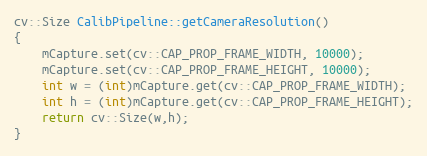
Language: C++
cv::Size CalibPipeline::getCameraResolution()
{
    mCapture.set(cv::CAP_PROP_FRAME_WIDTH, 10000);
    mCapture.set(cv::CAP_PROP_FRAME_HEIGHT, 10000);
    int w = (int)mCapture.get(cv::CAP_PROP_FRAME_WIDTH);
    int h = (int)mCapture.get(cv::CAP_PROP_FRAME_HEIGHT);
    return cv::Size(w,h);
}